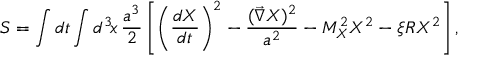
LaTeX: S = \int d t \int d ^ { 3 } \! x \, \frac { a ^ { 3 } } { 2 } \left[ \left( \frac { d X } { d t } \right) ^ { 2 } - \frac { ( { \vec { \nabla } } X ) ^ { 2 } } { a ^ { 2 } } - M _ { X } ^ { 2 } X ^ { 2 } - \xi R X ^ { 2 } \right] ,